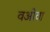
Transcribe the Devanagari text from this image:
वओवा